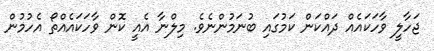
ޖަހާލީ ވާހަކައެއް ދައްކަން ކަމުގައި ބުނަމުންނެވެ. މިލްނާ އެއީ ކޮން ވާހަކައެއްތޯ އެހުމުން